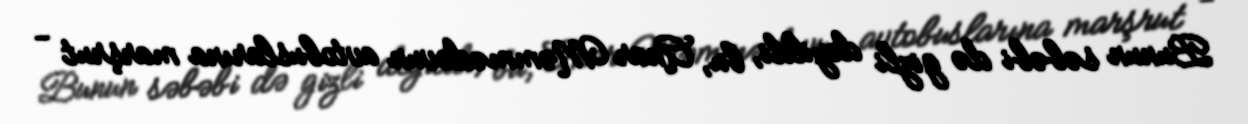
Bunun səbəbi də gizli deyildi, bu, Anar Məmmədovun avtobuslarına marşrut -